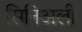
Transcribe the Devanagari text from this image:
सिनिअली